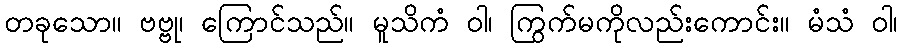
တခုသော။ ဗဗ္ဗု၊ ကြောင်သည်။ မူသိကံ ဝါ၊ ကြွက်မကိုလည်းကောင်း။ မံသံ ဝါ၊